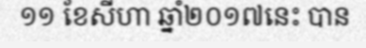
១១ ខែសីហា ឆ្នាំ២០១៧នេះ បាន